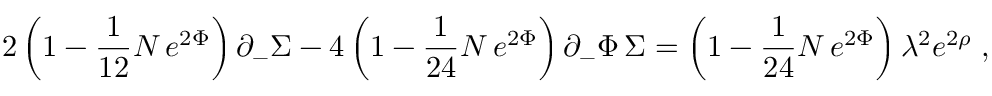
2 \left( 1 - { \frac { 1 } { 1 2 } } N \, e ^ { 2 \Phi } \right) \partial _ { - } \Sigma - 4 \left( 1 - { \frac { 1 } { 2 4 } } N \, e ^ { 2 \Phi } \right) \partial _ { - } \Phi \, \Sigma = \left( 1 - { \frac { 1 } { 2 4 } } N \, e ^ { 2 \Phi } \right) \lambda ^ { 2 } e ^ { 2 \rho } \; ,